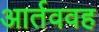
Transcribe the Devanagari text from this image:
आर्तववह